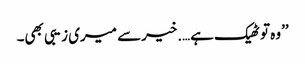
’’وہ تو ٹھیک ہے….خیرسے میری زیبی بھی۔